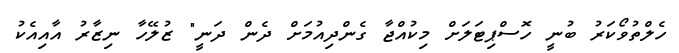
ހެލްތުވޯކަރު ބުނީ ހޮސްޕިޓަލަށް މިކުއްޖާ ގެންދިއުމަށް ދެން ދަނީ" ޒުލޭހާ ނިޒާރު އާއިއެކު